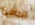
الدافئ